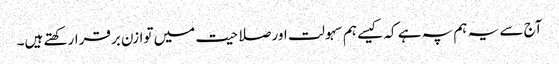
آج سے یہ ہم پہ ہے کہ کیسے ہم سہولت اور صلاحیت میں توازن برقرارکھتے ہیں۔